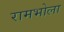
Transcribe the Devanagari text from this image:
रामभोला